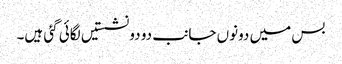
بس میں دونوں جانب دو دو نشستیں لگائی گئی ہیں۔